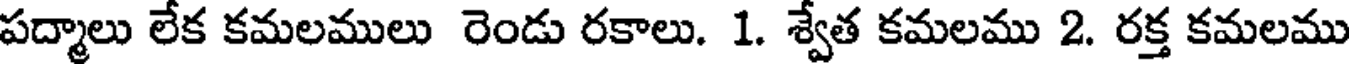
పద్మాలు లేక కమలములు రెండు రకాలు. 1. శ్వేత కమలము 2. రక్త కమలము